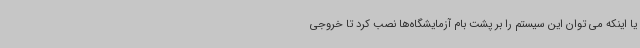
یا اینکه می توان این سیستم را بر پشت بام آزمایشگاه‌ها نصب کرد تا خروجی